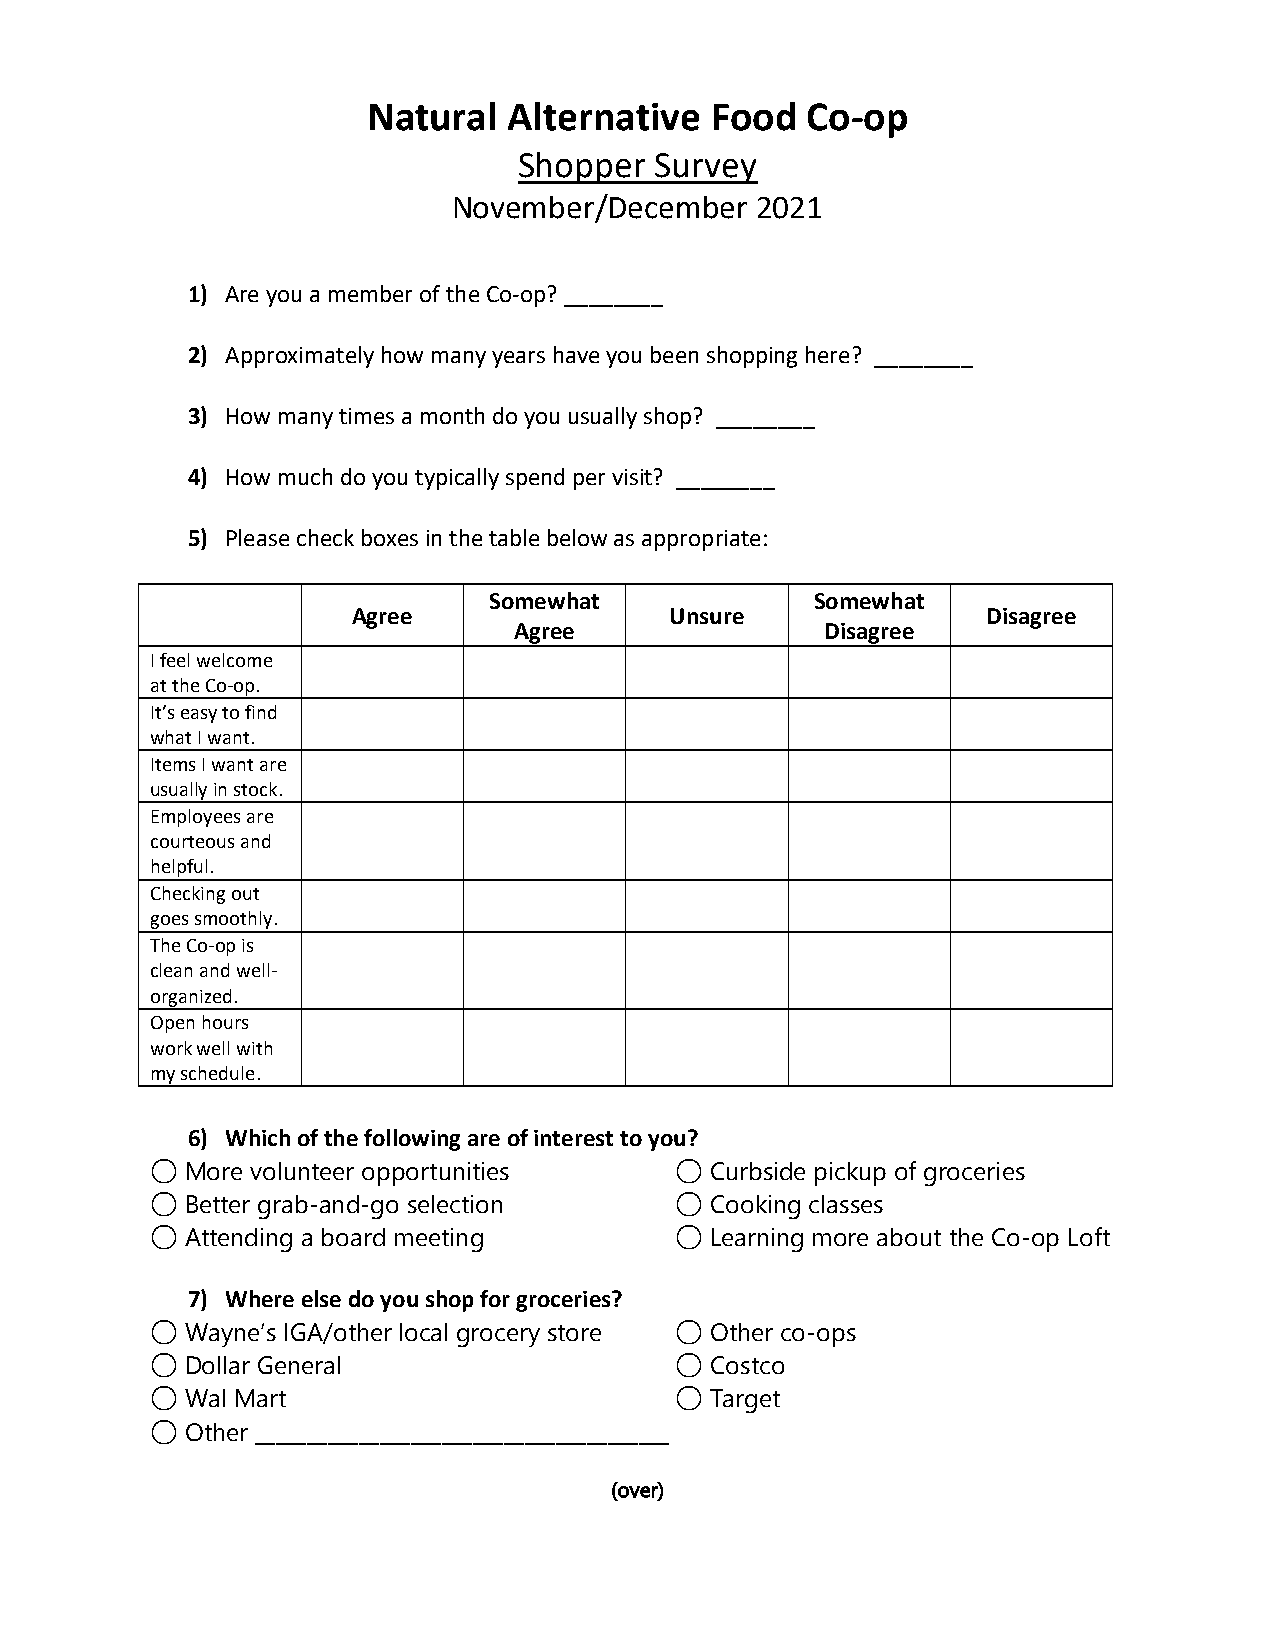
Natural   Alternative  Food  Co-op
 Shopper  Survey
 November/December   2021
 1) Are you a member of the Co-op? ________
 2) Approximately how many years have you been shopping here? ________
 3) How many times a month do you usually shop? ________
 4) How much do you typically spend per visit? ________
 5) Please check boxes in the table below as appropriate:
 Somewhat              Somewhat
 Agree                Unsure               Disagree
 Agree                Disagree
 I feel welcome
 at the Co-op.
 It’s easy to find
 what I want.
 Items I want are
 usually in stock.
 Employees are
 courteous and
 helpful.
 Checking out
 goes smoothly.
 The Co-op is
 clean and well-
 organized.
 Open hours
 work well with
 my schedule.
 6) Which of the following are of interest to you?
 ◯ More volunteer opportunities     ◯ Curbside pickup of groceries
 ◯ Better grab-and-go selection     ◯ Cooking classes
 ◯ Attending a board meeting        ◯ Learning more about the Co-op Loft
 7) Where else do you shop for groceries?
 ◯ Wayne’s IGA/other local grocery store ◯ Other co-ops
 ◯ Dollar General                   ◯ Costco
 ◯ Wal Mart                         ◯ Target
 ◯ Other ________________________________________
 (over)